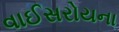
વાઈસરોયના